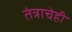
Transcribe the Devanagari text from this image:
तंत्राचेही